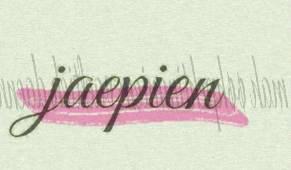
jaepien